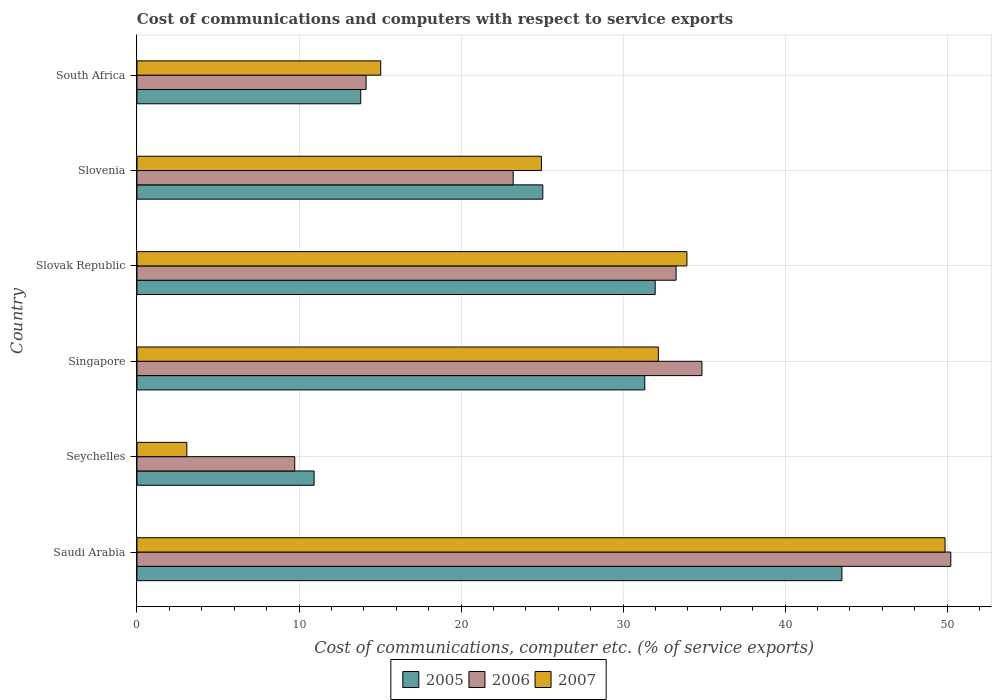
| Country | 2005 | 2006 | 2007 |
 | --- | --- | --- | --- |
 | Saudi Arabia | 43.5 | 50.2 | 49.9 |
 | Seychelles | 10.9 | 9.74 | 3.08 |
 | Singapore | 31.3 | 34.9 | 32.2 |
 | Slovak Republic | 32 | 33.3 | 33.9 |
 | Slovenia | 25 | 23.2 | 25 |
 | South Africa | 13.8 | 14.1 | 15 |